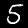
Digit: 5